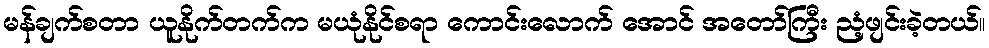
မန်ချက်စတာ ယူနိုက်တက်က မယုံနိုင်စရာ ကောင်းလောက် အောင် အတော်ကြီး ညံ့ဖျင်းခဲ့တယ်။